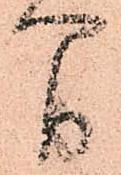
間